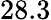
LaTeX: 28.3